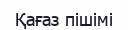
Қағаз пішімі